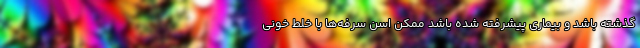
گذشته باشد و بیماری پیشرفته شده باشد ممکن اسن سرفه‌ها با خلط خونی